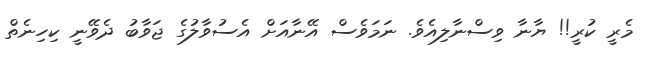
މެރީ ކުރީ!! ޔާނާ ވިސްނާލިއެވެ. ނަމަވެސް އޭނާއަށް އެސުވާލުގެ ޖަވާބު ދެވޭނީ ކިހިނެތް